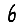
Digit: 6